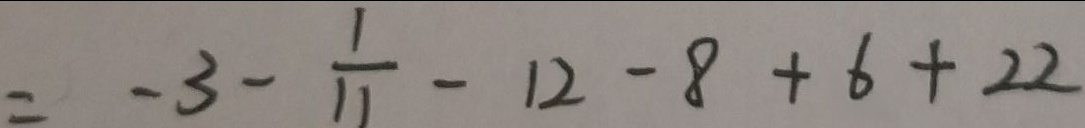
= - 3 - \frac { 1 } { 1 1 } - 1 2 - 8 + 6 + 2 2